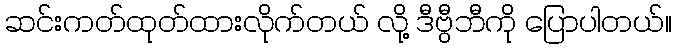
ဆင်းကတ်ထုတ်ထားလိုက်တယ် လို့ ဒီဗွီဘီကို ပြောပါတယ်။